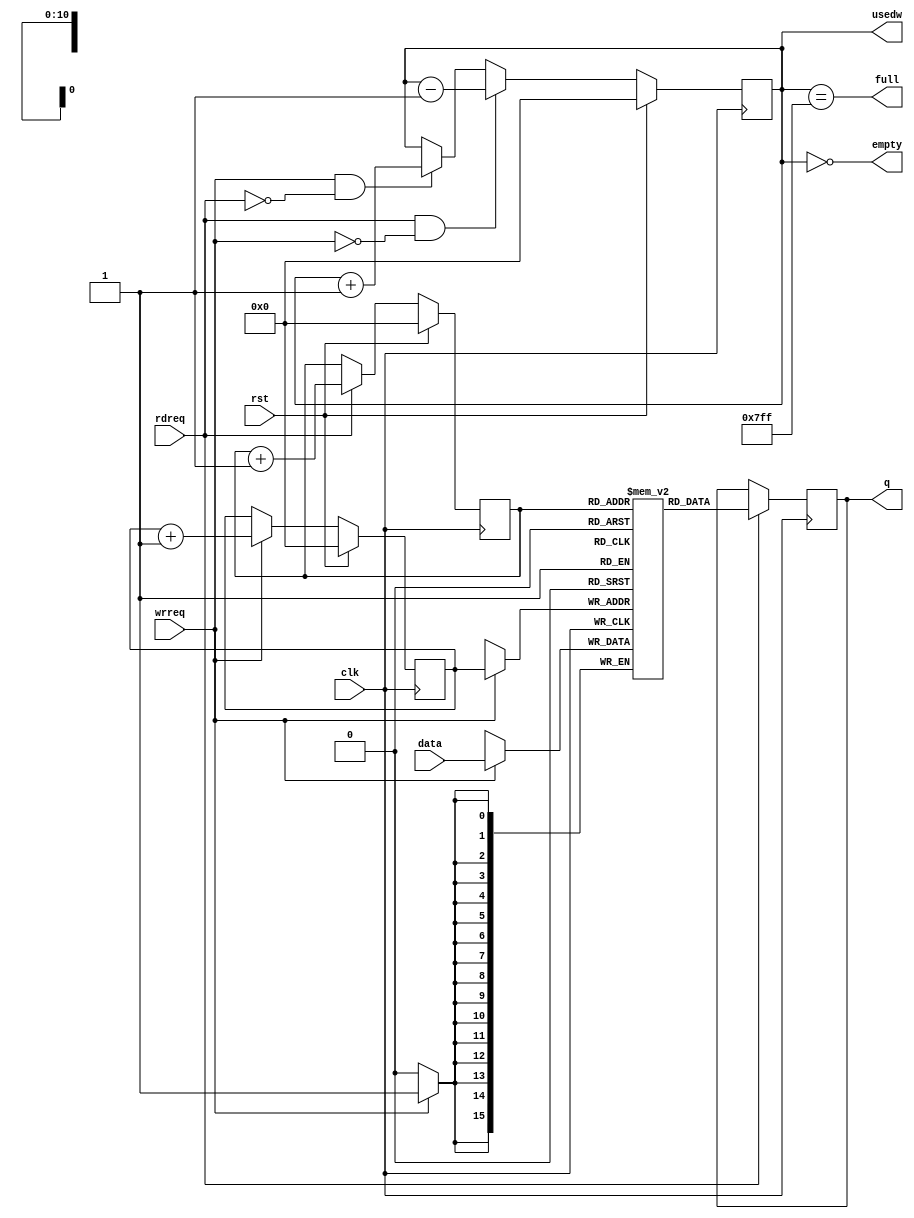
//
//  HPSDR - High Performance Software Defined Radio
//
//  Metis code. 
//
//  This program is free software; you can redistribute it and/or modify
//  it under the terms of the GNU General Public License as published by
//  the Free Software Foundation; either version 2 of the License, or
//  (at your option) any later version.
//
//  This program is distributed in the hope that it will be useful,
//  but WITHOUT ANY WARRANTY; without even the implied warranty of
//  MERCHANTABILITY or FITNESS FOR A PARTICULAR PURPOSE.  See the
//  GNU General Public License for more details.
//
//  You should have received a copy of the GNU General Public License
//  along with this program; if not, write to the Free Software
//  Foundation, Inc., 59 Temple Place, Suite 330, Boston, MA  02111-1307  USA



// FIFO - copyright 2010, 2011 Kirk Weedman KD7IRS

/*
	change log:


*/



module FIFO (rst, clk, full, usedw, empty, wrreq, data, rdreq, q);

parameter SZ = 2048;
parameter WD = 16;

localparam DP= clogb2(SZ-1);

input  wire          rst;
input  wire          clk;
output wire          full;
output reg  [DP-1:0] usedw;
output wire          empty;
input  wire          wrreq;
input  wire [WD-1:0] data;
input  wire          rdreq;
output reg  [WD-1:0] q;

reg [WD-1:0] mem [0:SZ-1];
reg [DP-1:0] inptr, outptr;

assign full = (usedw == {DP{1'b1}});
assign empty = (usedw == 1'b0);

always @(posedge clk)
begin
  if (rst)
    inptr <= 1'b0;
  else if (wrreq)
    inptr <= inptr + 1'b1;

  if (rst)
    outptr <= 1'b0;
  else if (rdreq)
    outptr <= outptr + 1'b1;

  if (rst)
    usedw <= 1'b0;
  else if (rdreq & !wrreq)
    usedw <= usedw - 1'b1;
  else if (wrreq & !rdreq)
    usedw <= usedw + 1'b1;

  if (wrreq)
    mem[inptr] <= data;

  if (rdreq)
    q <= mem[outptr];
end

function integer clogb2;
input [31:0] depth;
begin
  for(clogb2=0; depth>0; clogb2=clogb2+1)
  depth = depth >> 1;
end
endfunction

endmodule